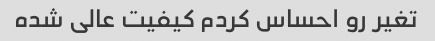
تغیر رو احساس کردم کیفیت عالی شده